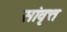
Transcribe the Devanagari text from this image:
सांवृत्त